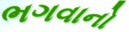
ભગવાનો